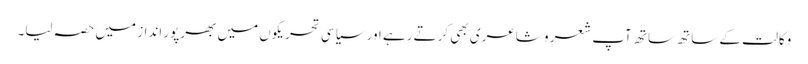
وکالت کے ساتھ ساتھ آپ شعر و شاعری بھی کرتے رہے اور سیاسی تحریکوں میں بھرپور انداز میں حصہ لیا۔